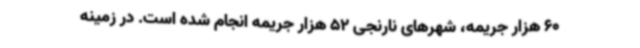
60 هزار جریمه، شهرهای نارنجی 52 هزار جریمه انجام شده است. در زمینه